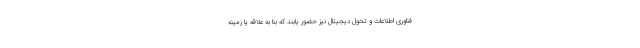
فناوری اطلاعات و تحول دیجیتال نیز حضور یابند که بنا به علاقه یا زمینه